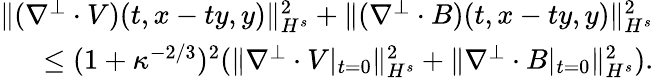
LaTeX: \begin{array}{r}{\| (\nabla^{\perp}\cdot V)(t,x-ty,y)\| _{H^{s}}^{2}+\| (\nabla^{\perp}\cdot B)(t,x-ty,y)\| _{H^{s}}^{2}}\\ {\leq(1+\kappa^{-2/3})^{2}(\| \nabla^{\perp}\cdot V|_{t=0}\| _{H^{s}}^{2}+\| \nabla^{\perp}\cdot B|_{t=0}\| _{H^{s}}^{2}).}\end{array}